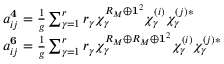
\begin{array} { l } { { a _ { i j } ^ { { \bf 4 } } = \frac { 1 } { g } \sum _ { \gamma = 1 } ^ { r } r _ { \gamma } \chi _ { \gamma } ^ { R _ { M } \oplus { \bf 1 } ^ { 2 } } \chi _ { \gamma } ^ { ( i ) } \chi _ { \gamma } ^ { ( j ) * } } } \\ { { a _ { i j } ^ { { \bf 6 } } = \frac { 1 } { g } \sum _ { \gamma = 1 } ^ { r } r _ { \gamma } \chi _ { \gamma } ^ { R _ { M } \oplus R _ { M } \oplus { \bf 1 } ^ { 2 } } \chi _ { \gamma } ^ { ( i ) } \chi _ { \gamma } ^ { ( j ) * } } } \end{array}